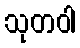
သုတဝါ